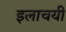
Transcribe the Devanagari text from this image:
इलाचयी